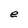
Character: e